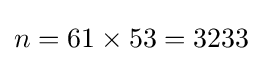
n=61\times 53=3233